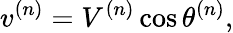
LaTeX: v^{(n)}=V^{(n)}\cos\theta^{(n)},